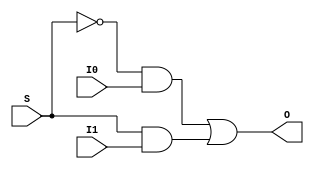
`timescale 1ns / 1ps
//////////////////////////////////////////////////////////////////////////////////
// Company: 
// Engineer: 
// 
// Design Name: 
// Module Name:    mux2x1 
// Project Name: 
// Target Devices: 
// Tool versions: 
// Description: 
//
// Dependencies: 
//
// Revision: 
// Revision 0.01 - File Created
// Additional Comments: 
//
//////////////////////////////////////////////////////////////////////////////////
module mux2x1(
    input I0,
    input I1,
    input S,
    output O
    );
not g1(t1,S);
and g2(t2,t1,I0);
and g3(t3,S,I1);
or g4(O,t2,t3);

endmodule